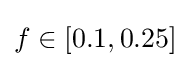
f\in [0.1,0.25]